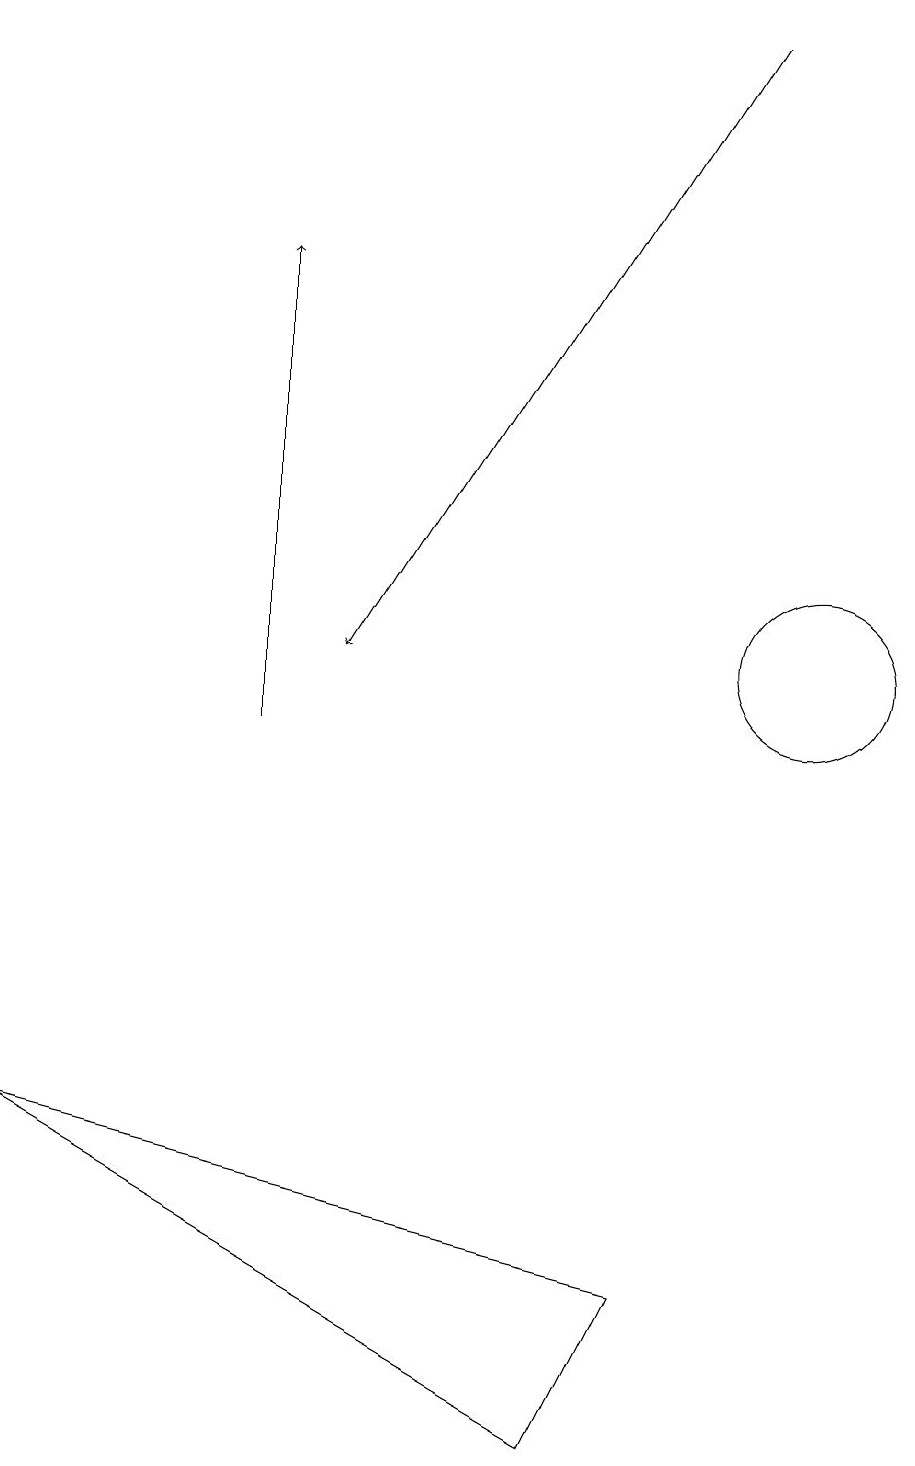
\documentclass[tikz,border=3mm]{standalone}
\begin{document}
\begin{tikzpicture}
\draw[->] (9,19) -- (4,11);
\draw (7,1) -- (8,3) -- (0,5) -- cycle;
\draw[->] (3,10) -- (3,16);
\draw (10,11) circle (1);
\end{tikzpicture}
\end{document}